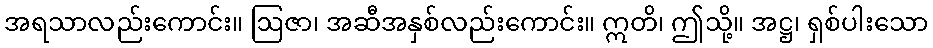
အရသာလည်းကောင်း။ ဩဇာ၊ အဆီအနှစ်လည်းကောင်း။ ဣတိ၊ ဤသို့။ အဋ္ဌ၊ ရှစ်ပါးသော